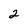
Character: 2